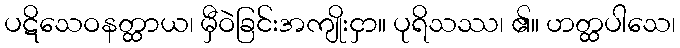
ပဋိသေဝနတ္ထာယ၊ မှီဝဲခြင်းအကျိုးငှာ။ ပုရိသဿ၊ ၏။ ဟတ္ထပါသေ၊